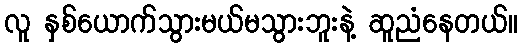
လူ နှစ်ယောက်သွားမယ်မသွားဘူးနဲ့ ဆူညံနေတယ်။